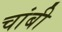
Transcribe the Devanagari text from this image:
चांबी